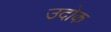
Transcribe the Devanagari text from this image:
उदोक